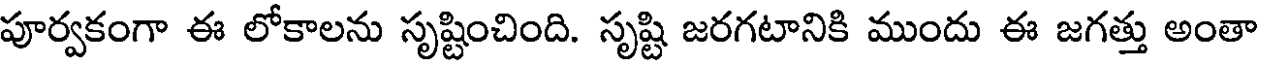
పూర్వకంగా ఈ లోకాలను సృష్టించింది. సృష్టి జరగటానికి ముందు ఈ జగత్తు అంతా